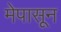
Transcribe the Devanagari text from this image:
मेपासून